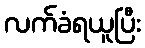
လက်ခံရယူပြီး